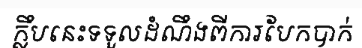
ក្លឹបនេះទទួលដំណឹងពីការបែកបាក់